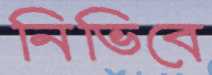
নিভিবে